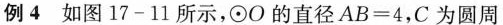
例4 如图17-11所示，\odot O的直径$$A B = 4$$，C为圆周